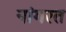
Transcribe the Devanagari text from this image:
नांगरत